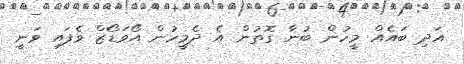
އަދި ބައެއް މީހުން ބުނާ ގޮތުން އެ ދެމީހުން އޯވަޑޯޒް ވެފައި ވަނީ